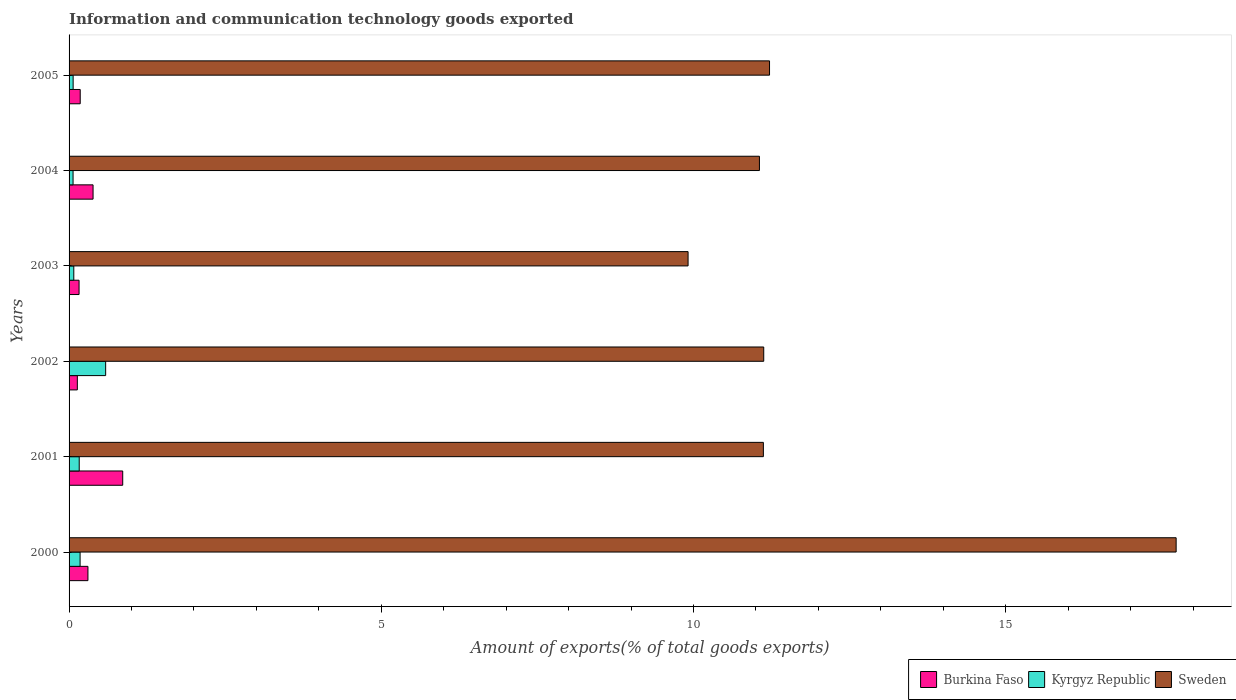
| Years | Burkina Faso | Kyrgyz Republic | Sweden |
 | --- | --- | --- | --- |
 | 2000 | 0.302 | 0.177 | 17.7 |
 | 2001 | 0.859 | 0.163 | 11.1 |
 | 2002 | 0.132 | 0.586 | 11.1 |
 | 2003 | 0.16 | 0.0757 | 9.91 |
 | 2004 | 0.384 | 0.064 | 11.1 |
 | 2005 | 0.179 | 0.0651 | 11.2 |